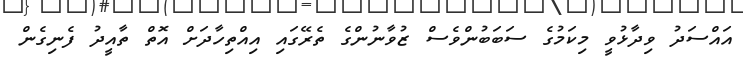
އައްސަދު ވިދާޅުވީ މިކަމުގެ ސަބަބުންވެސް ޒުވާނުންގެ ތެރޭގައި އިއްތިހާދަށް އޮތް ތާއީދު ފެނިގެން